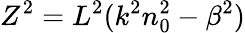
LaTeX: Z^{2}=L^{2}(k^{2}n_{0}^{2}-\beta^{2})